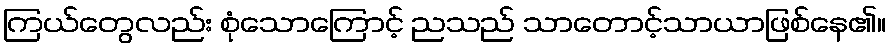
ကြယ်တွေလည်း စုံသောကြောင့် ညသည် သာတောင့်သာယာဖြစ်နေ၏။